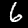
Label: 6